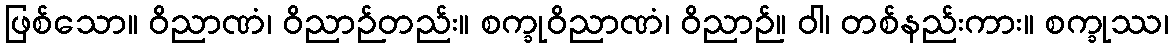
ဖြစ်သော။ ဝိညာဏံ၊ ဝိညာဉ်တည်း။ စက္ခုဝိညာဏံ၊ ဝိညာဉ်။ ဝါ၊ တစ်နည်းကား။ စက္ခုဿ၊